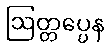
ဩတ္တပ္ပေန